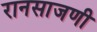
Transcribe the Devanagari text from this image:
रानसाजणी